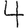
Digit: 4